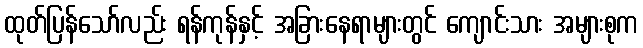
ထုတ်ပြန်သော်လည်း ရန်ကုန်နှင့် အခြားနေရာများတွင် ကျောင်းသား အများစုက